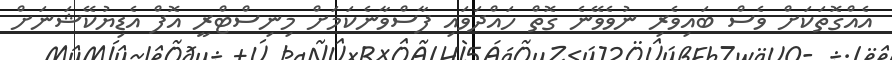
އެއްގޮތަކަށް ވެސް ބައިވެރި ނުވެވޭނެ ގޮތް ހައްދަވައި ފާސްވާނެކަމަށް މިނިސްޓްރީ އޮފް އެޑިޔުކޭޝަނަށް